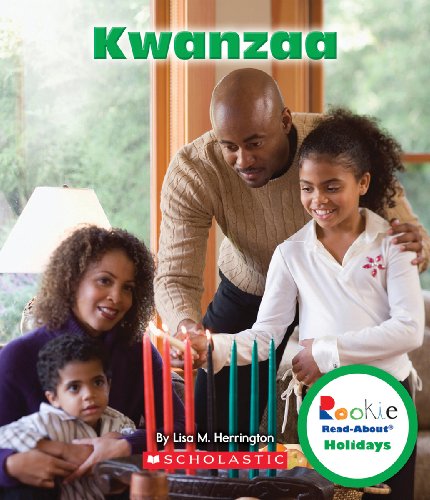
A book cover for Kwanzaa (Rookie Read-About Holidays); Lisa M. Herrington; Children's Books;